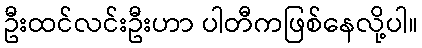
ဦးထင်လင်းဦးဟာ ပါတီကဖြစ်နေလို့ပါ။